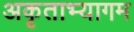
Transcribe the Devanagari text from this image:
अकृताभ्यागम